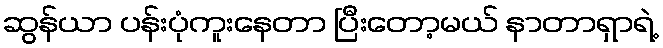
ဆွန်ယာ ပန်းပုံကူးနေတာ ပြီးတော့မယ် နာတာရှာရဲ့